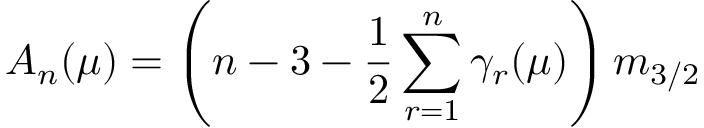
A _ { n } ( \mu ) = \left( n - 3 - { \frac { 1 } { 2 } } \sum _ { r = 1 } ^ { n } \gamma _ { r } ( \mu ) \right) m _ { 3 / 2 }